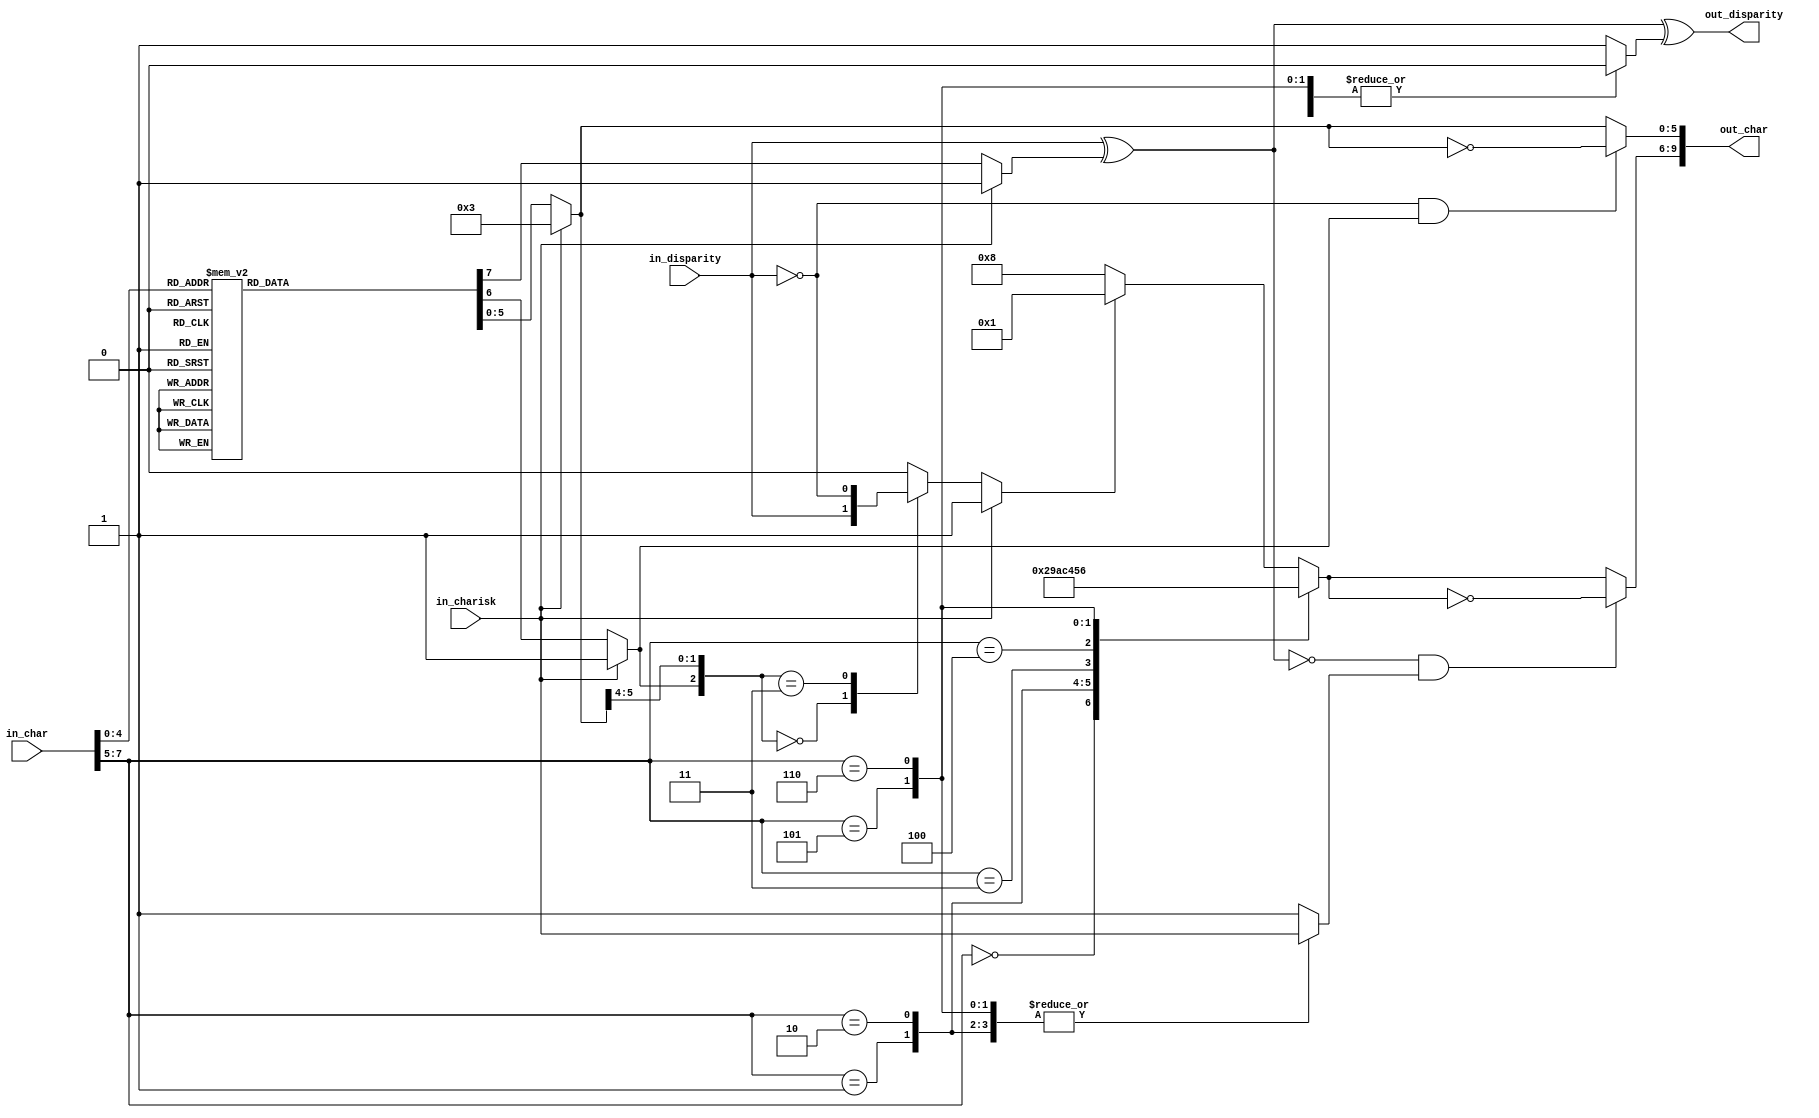
// ***************************************************************************
// ***************************************************************************
// Copyright (C) 2017, 2018, 2020, 2022 Analog Devices, Inc. All rights reserved.
// SPDX short identifier: ADIJESD204
// ***************************************************************************
// ***************************************************************************

`timescale 1ns/100ps

module jesd204_8b10b_encoder (
  input in_disparity,
  input [7:0] in_char,
  input in_charisk,

  output [9:0] out_char,
  output out_disparity
);

  /*
   * Only supports the subset of 8b10b that is used by JESD204.
   * If non-supported control characters are supplied the output is undefined.
   */

  reg [5:0] data6b;
  reg [5:0] out6b;
  reg may_invert6b;
  reg disparity6b;
  reg [3:0] data4b;
  reg [3:0] out4b;
  reg may_invert4b;
  reg disparity4b;
  wire disparity4b_in;
  reg alt7;

  always @(*) begin
    if (in_charisk == 1'b1) begin
      // Assume K28.x
      data6b = 6'b000011;
      may_invert6b = 1'b1;
      disparity6b = 1'b1;
    end else begin
      case (in_char[4:0])
      5'd00: begin
        data6b = 6'b000110;
        may_invert6b = 1'b1;
        disparity6b = 1'b1;
      end
      5'd01: begin
        data6b = 6'b010001;
        may_invert6b = 1'b1;
        disparity6b = 1'b1;
      end
      5'd02: begin
        data6b = 6'b010010;
        may_invert6b = 1'b1;
        disparity6b = 1'b1;
      end
      5'd03: begin
        data6b = 6'b100011;
        may_invert6b = 1'b0;
        disparity6b = 1'b0;
      end
      5'd04: begin
        data6b = 6'b010100;
        may_invert6b = 1'b1;
        disparity6b = 1'b1;
      end
      5'd05: begin
        data6b = 6'b100101;
        may_invert6b = 1'b0;
        disparity6b = 1'b0;
      end
      5'd06: begin
        data6b = 6'b100110;
        may_invert6b = 1'b0;
        disparity6b = 1'b0;
      end
      5'd07: begin
        data6b = 6'b111000;
        may_invert6b = 1'b1;
        disparity6b = 1'b0;
      end
      5'd08: begin
        data6b = 6'b011000;
        may_invert6b = 1'b1;
        disparity6b = 1'b1;
      end
      5'd09: begin
        data6b = 6'b101001;
        may_invert6b = 1'b0;
        disparity6b = 1'b0;
      end
      5'd10: begin
        data6b = 6'b101010;
        may_invert6b = 1'b0;
        disparity6b = 1'b0;
      end
      5'd11: begin
        data6b = 6'b001011;
        may_invert6b = 1'b0;
        disparity6b = 1'b0;
      end
      5'd12: begin
        data6b = 6'b101100;
        may_invert6b = 1'b0;
        disparity6b = 1'b0;
      end
      5'd13: begin
        data6b = 6'b001101;
        may_invert6b = 1'b0;
        disparity6b = 1'b0;
      end
      5'd14: begin
        data6b = 6'b001110;
        may_invert6b = 1'b0;
        disparity6b = 1'b0;
      end
      5'd15: begin
        data6b = 6'b000101;
        may_invert6b = 1'b1;
        disparity6b = 1'b1;
      end
      5'd16: begin
        data6b = 6'b001001;
        may_invert6b = 1'b1;
        disparity6b = 1'b1;
      end
      5'd17: begin
        data6b = 6'b110001;
        may_invert6b = 1'b0;
        disparity6b = 1'b0;
      end
      5'd18: begin
        data6b = 6'b110010;
        may_invert6b = 1'b0;
        disparity6b = 1'b0;
      end
      5'd19: begin
        data6b = 6'b010011;
        may_invert6b = 1'b0;
        disparity6b = 1'b0;
      end
      5'd20: begin
        data6b = 6'b110100;
        may_invert6b = 1'b0;
        disparity6b = 1'b0;
      end
      5'd21: begin
        data6b = 6'b010101;
        may_invert6b = 1'b0;
        disparity6b = 1'b0;
      end
      5'd22: begin
        data6b = 6'b010110;
        may_invert6b = 1'b0;
        disparity6b = 1'b0;
      end
      5'd23: begin
        data6b = 6'b101000;
        may_invert6b = 1'b1;
        disparity6b = 1'b1;
      end
      5'd24: begin
        data6b = 6'b001100;
        may_invert6b = 1'b1;
        disparity6b = 1'b1;
      end
      5'd25: begin
        data6b = 6'b011001;
        may_invert6b = 1'b0;
        disparity6b = 1'b0;
      end
      5'd26: begin
        data6b = 6'b011010;
        may_invert6b = 1'b0;
        disparity6b = 1'b0;
      end
      5'd27: begin
        data6b = 6'b100100;
        may_invert6b = 1'b1;
        disparity6b = 1'b1;
      end
      5'd28: begin
        data6b = 6'b011100;
        may_invert6b = 1'b0;
        disparity6b = 1'b0;
      end
      5'd29: begin
        data6b = 6'b100010;
        may_invert6b = 1'b1;
        disparity6b = 1'b1;
      end
      5'd30: begin
        data6b = 6'b100001;
        may_invert6b = 1'b1;
        disparity6b = 1'b1;
      end
      default: begin
        data6b = 6'b001010;
        may_invert6b = 1'b1;
        disparity6b = 1'b1;
      end
      endcase
    end
  end

  always @(*) begin
    if (in_charisk == 1'b1) begin
      alt7 = 1'b1;
    end else begin
  //    case (in_char[4:0])
  //    5'd11, 5'd13, 5'd14: alt7 = in_disparity;
  //    5'd17, 5'd18, 5'd20: alt7 = ~in_disparity;
  //    default: alt7 = 1'b0;
  //    endcase

        // Slightly better packing
        case ({may_invert6b,data6b[5:4]})
        3'b000: alt7 = in_disparity;
        3'b011: alt7 = ~in_disparity;
        default: alt7 = 1'b0;
        endcase
    end
  end

  always @(*) begin
    case (in_char[7:5])
    3'd0: begin
      data4b = 4'b0010;
      may_invert4b = 1'b1;
      disparity4b = 1'b1;
    end
    3'd1: begin
      data4b = 4'b1001;
      may_invert4b = in_charisk;
      disparity4b = 1'b0;
    end
    3'd2: begin
      data4b = 4'b1010;
      may_invert4b = in_charisk;
      disparity4b = 1'b0;
    end
    3'd3: begin
      data4b = 4'b1100;
      may_invert4b = 1'b1;
      disparity4b = 1'b0;
    end
    3'd4: begin
      data4b = 4'b0100;
      may_invert4b = 1'b1;
      disparity4b = 1'b1;
    end
    3'd5: begin
      data4b = 4'b0101;
      may_invert4b = in_charisk;
      disparity4b = 1'b0;
    end
    3'd6: begin
      data4b = 4'b0110;
      may_invert4b = in_charisk;
      disparity4b = 1'b0;
    end
    default: begin
      if (alt7 == 1'b1) begin
        data4b = 4'b0001;
      end else begin
        data4b = 4'b1000;
      end
      may_invert4b = 1'b1;
      disparity4b = 1'b1;
    end
    endcase
  end

  assign disparity4b_in = in_disparity ^ disparity6b;
  assign out_disparity = disparity4b_in ^ disparity4b;

  always @(*) begin
    if (in_disparity == 1'b0 && may_invert6b == 1'b1) begin
      out6b = ~data6b;
    end else begin
      out6b = data6b;
    end
    if (disparity4b_in == 1'b0 && may_invert4b == 1'b1) begin
      out4b = ~data4b;
    end else begin
      out4b = data4b;
    end
  end

  assign out_char = {out4b,out6b};

endmodule